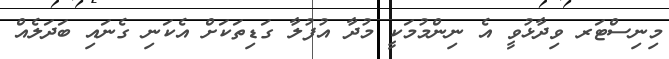
މިނިސްޓަރ ވިދާޅުވީ އެ ނިންމުމަކީ މުދާ އުފުލާ ގަޑިތަކަށް އެކަނި ގެނައި ބަދަލެއް